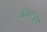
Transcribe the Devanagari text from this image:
ॲक्वाडॅम